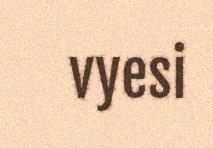
vyesi